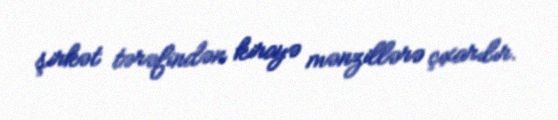
şirkət tərəfindən kirayə mənzillərə çıxarılır.